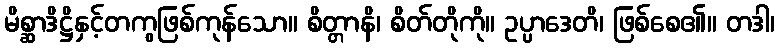
မိစ္ဆာဒိဋ္ဌိနှင့်တကွဖြစ်ကုန်သော။ စိတ္တာနိ၊ စိတ်တိုကို။ ဥပ္ပာဒေတိ၊ ဖြစ်စေ၏။ တဒါ၊